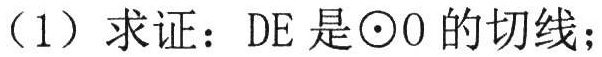
（1）求证：\(DE\)是\(\odot O\)的切线；